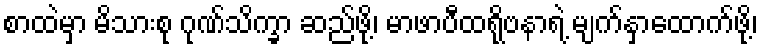
စာထဲမှာ မိသားစု ဂုဏ်သိက္ခာ ဆည်ဖို့၊ မာဖာပီထရိုဗနာရဲ့ မျက်နှာထောက်ဖို့၊